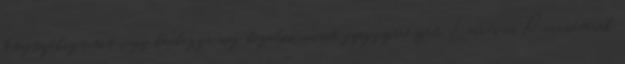
betegtájékoztatót vagy kérdezze meg kezelőorvosát, gyógyszerészét. Leírás és Paraméterek